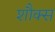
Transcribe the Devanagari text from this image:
शौक्स